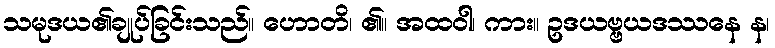
သမုဒယ၏ချုပ်ခြင်းသည်။ ဟောတိ၊ ၏။ အထဝါ၊ ကား။ ဥဒယဗ္ဗယဒဿနေ န၊